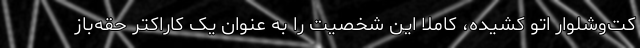
کت‌وشلوار اتو کشیده، کاملاً این شخصیت را به عنوان یک کاراکتر حقه‌باز